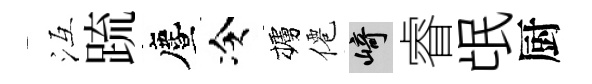
冱䟽󵨌冷櫨僊崎睿氓厨